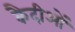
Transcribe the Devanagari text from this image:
कैदीओं